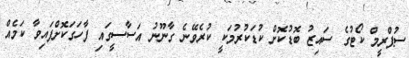
ސުޕްރީމް ކޯޓުގެ ސައިޒު ބޮޑުކޮށް ކުޑަކުރުމަކީ ކުރެވޭނެ ގާނޫނު އަސާސީގައި ފާހަގަކޮށްފައިވާ ކަމެއް